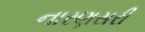
નારણસરી